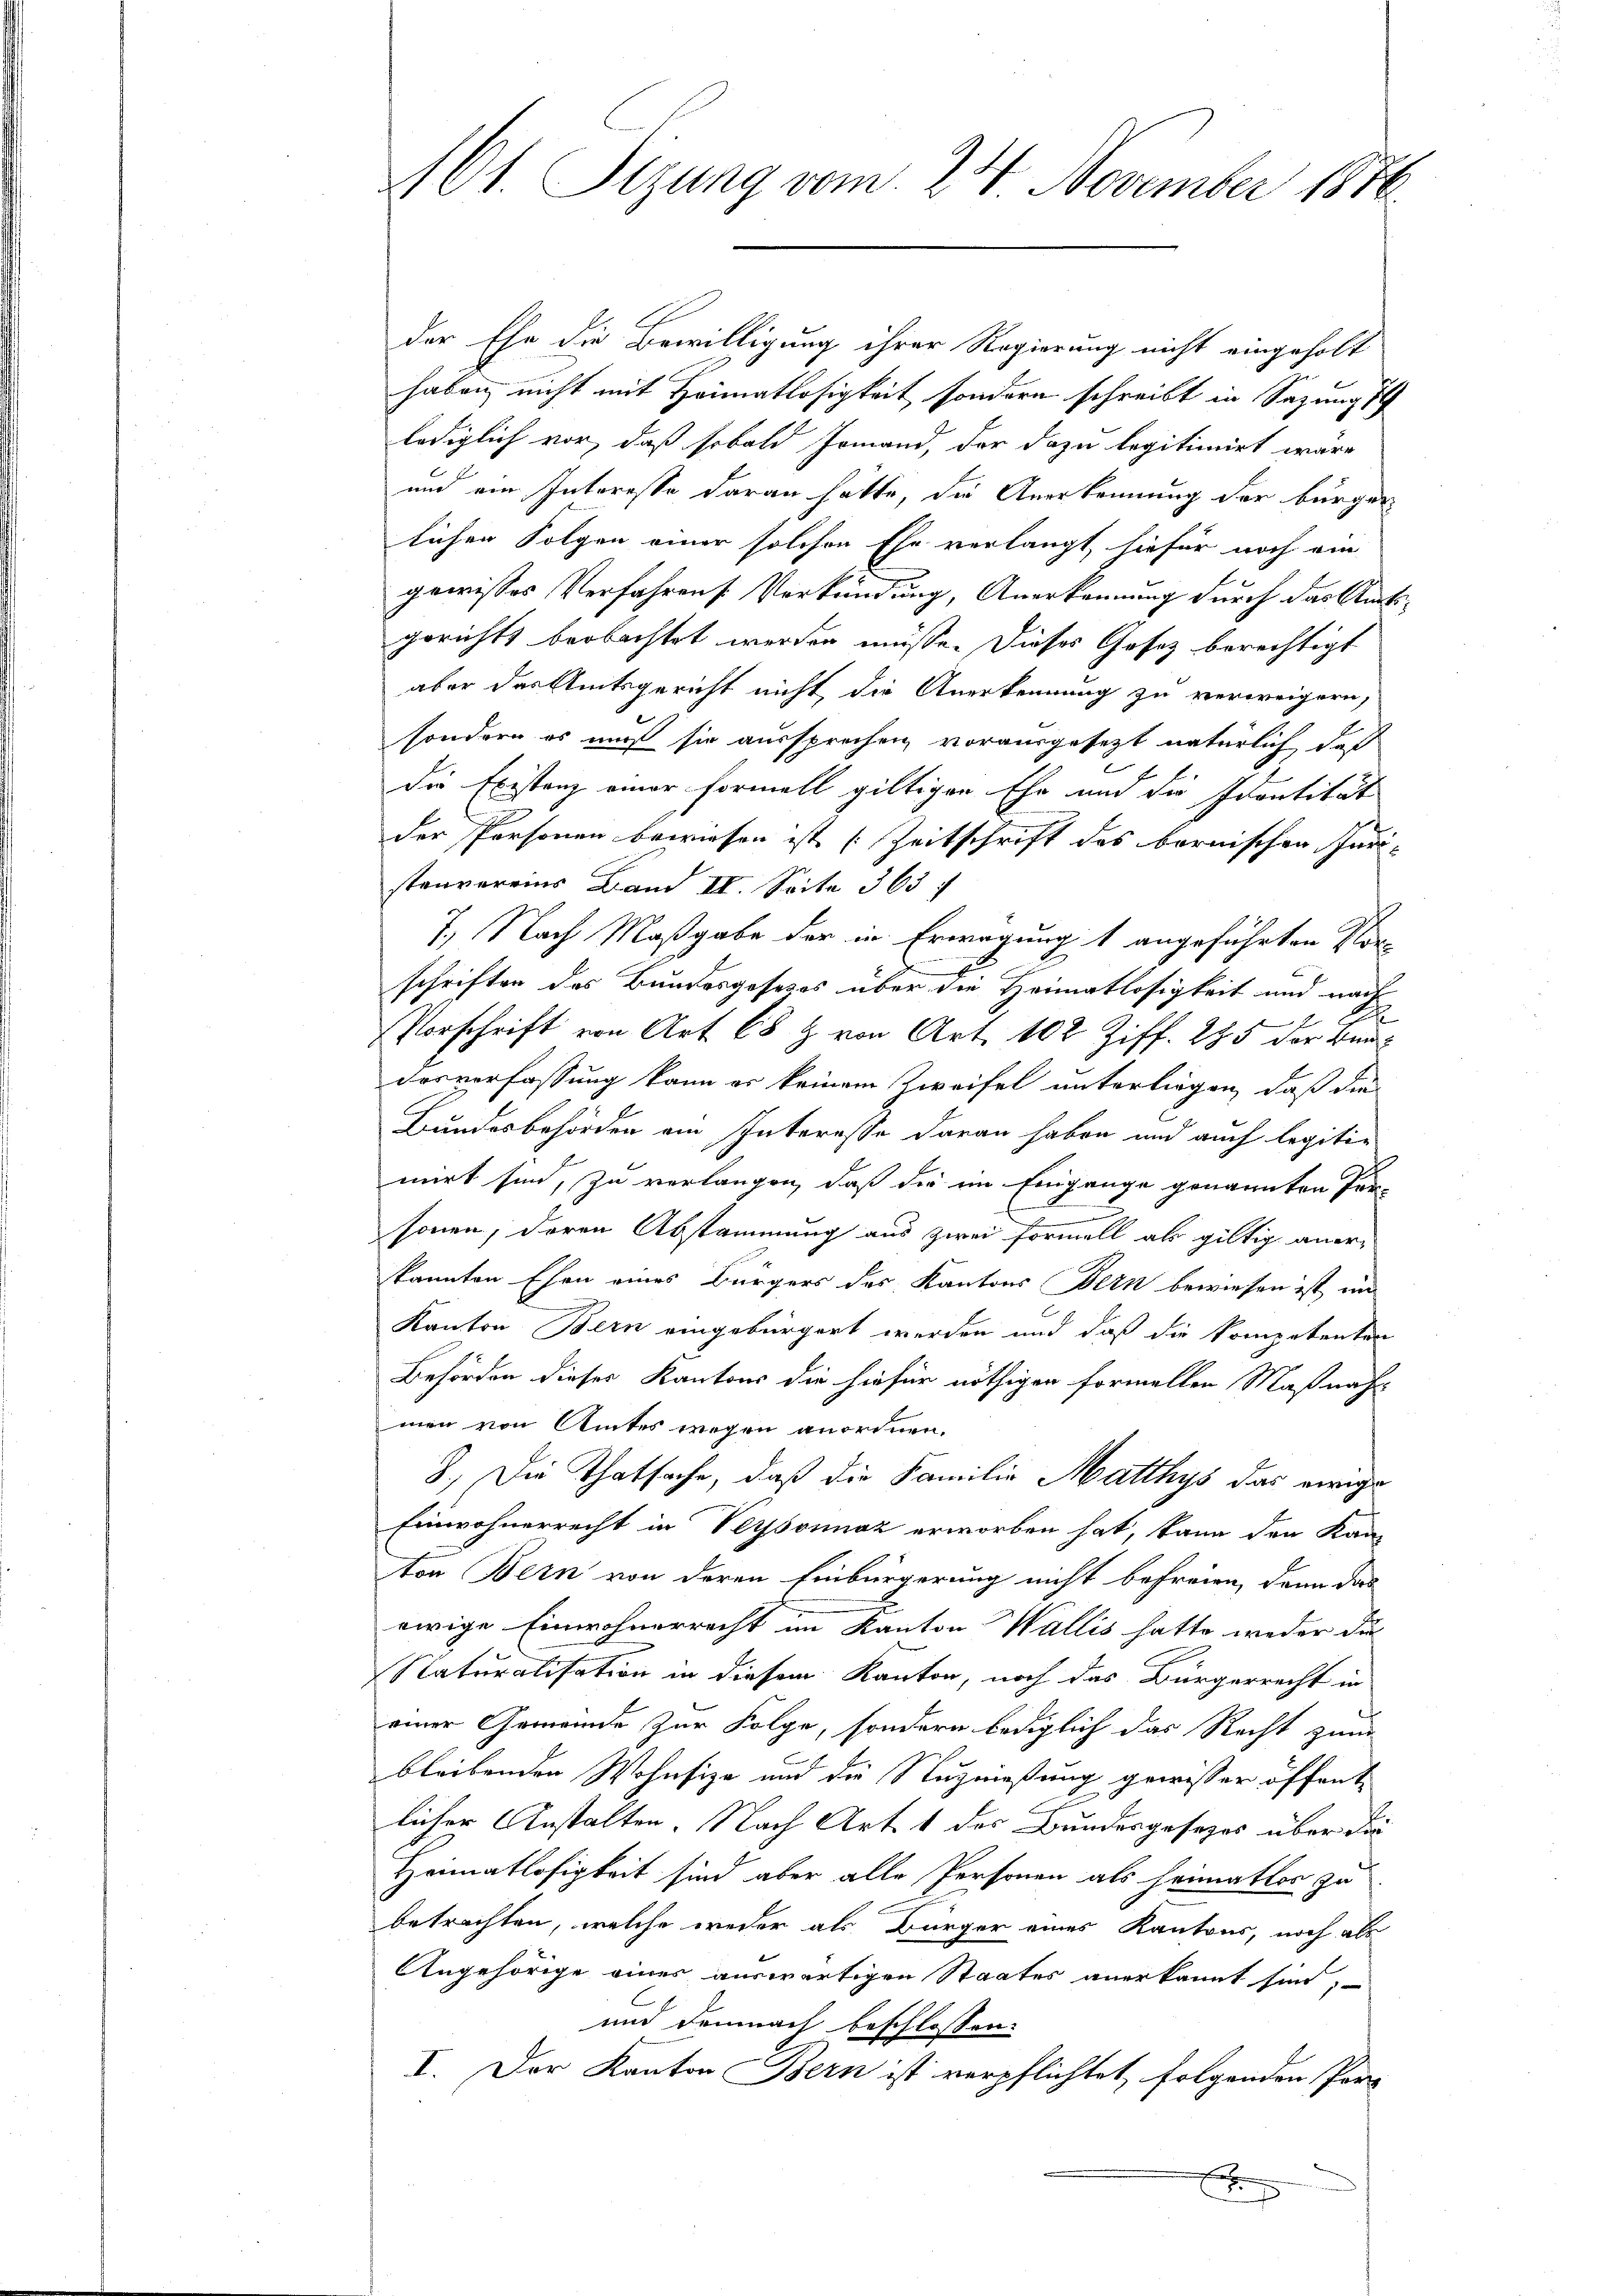
161. Sizung vom 24. November 1870

der Ehe die Bewilligung ihrer Regierung nicht eingeholt
haben, nicht mit Heimatlosigkeit, sondern schreibt in Satzungs
lediglich vor, daß sobald Jomand, der dazu legitimirt wäre
und ein Interesse daran hätte, die Anerkennung der bürgerlichen Folgen einer solchen Ehe verlangt, hiefür noch ein
gewisses Verfahrens. Verkündung, Anerkennung durch das Amtsgerichts beobachtet werden müsse. Dieses Gesez berechtigt
aber das Amtsgericht nicht, die Anerkennung zu verweigern,
sondern es muß sie aussprechen vorausgesetzt natürlich, daß
die Existanz einer Formell giltigen Ehe und die Identität
der Personen bewiesen ist (Zeitschrift des bernischen Paristenvereins Band II. Seite 363 f
7., Nach Maßgabe der in Erwägung 1 angeführten Vorschriften des Bundesgosesos über die Heimatlosigkeit und nach
Vorschrift von Art. 68 Z. von Art. 102 Ziff. 285 der Bun
desverfassung kann er keinem Zweifel unterliegen, daß die
Bundesbehörden am Interesse daran haben und auch legiti-
mirt sind, zu verlangen, daß die im Eingange genannten Per-
sonen, deren Abstammung aus zwei Formell als giltig aner-
kannten Ehen eines Bürgers des Kantons Bern bewiesen ist, un
Kanton Bern eingebürgert werden und daß die kompetenten
Behörden dieses Kantons die hiefür nöthigen formellen Maßnah
men von Amtes wegen anerinnen.
3.) Die Thatsache, daß die Familie Matthys das ewige
Einwohnerrecht in Versonnaz erworben hat, kann den Kan-
ton Bern von deren Einbürgerung nicht befreien, dann das
ewige Einwohnerrecht im Kanton Wallis hatte weder die
Naturalisation in diesem Kanton, noch das Bürgerrecht in
einer Gemeinde zur Folge, sondern lediglich das Recht zum
bleibenden Wohnsitze und die Stuznießung gewisser öffent
licher Anstalten. Nach Art. 1 des Bundesgesezes über die
Heimatlosigkeit sind aber alle Personen als heimatlos zu
betrachten, welche weder als Bürger eines Kantons, noch als
Angehörige eines auswärtigen Staates anerkannt sind,
und demnach beschlossen:
I. Der Kanton Bern ist verpflichtet, folgenden Par-
x
.